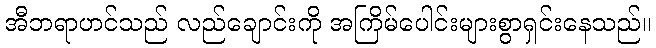
အီဘရာဟင်သည် လည်ချောင်းကို အကြိမ်ပေါင်းများစွာရှင်းနေသည်။